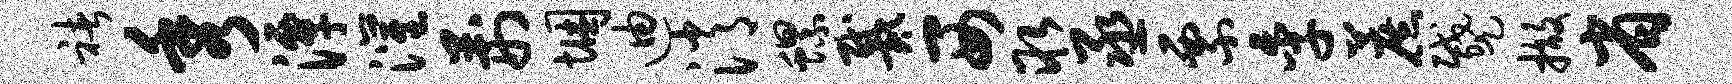
褚秀潭灌荆悃迪消螺戴西取丞票季蔗蹙撤省